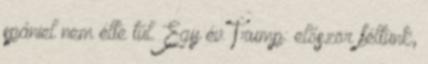
spániel nem élte túl. Egy év Trump: először féltünk,